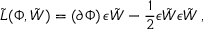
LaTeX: { \tilde { L } } ( \Phi , \tilde { W } ) = \left( \partial \Phi \right) \epsilon \tilde { W } - \frac { 1 } { 2 } \epsilon \tilde { W } \epsilon \tilde { W } \, ,